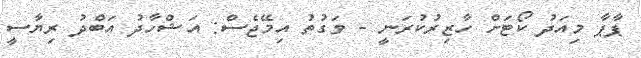
ޕާޕާ މިއަދު ކޯޓަށް ހާޒިރުކުރަނީ - ވަގުތު އިމޭޖެސް: އަޝްހާދު އަބްދު ރިޔާސީ